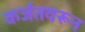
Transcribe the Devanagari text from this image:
कर्जतवरून